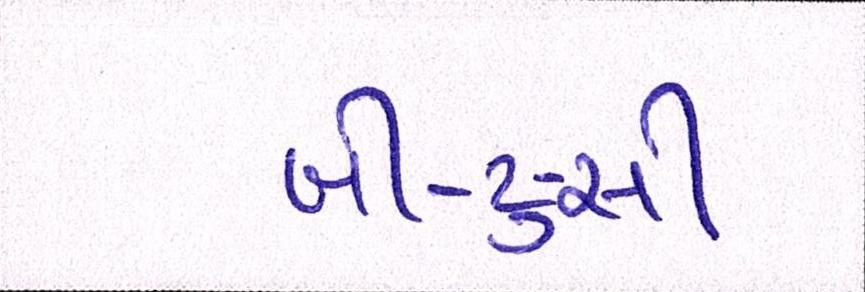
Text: બી-ટુ-સી